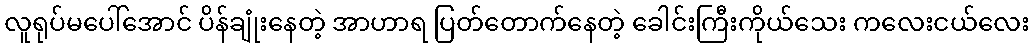
လူရုပ်မပေါ်အောင် ပိန်ချုံးနေတဲ့ အာဟာရ ပြတ်တောက်နေတဲ့ ခေါင်းကြီးကိုယ်သေး ကလေးငယ်လေး